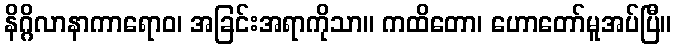
နိဂ္ဂိလာနာကာရောဝ၊ အခြင်းအရာကိုသာ။ ကထိတော၊ ဟောတော်မူအပ်ပြီ။